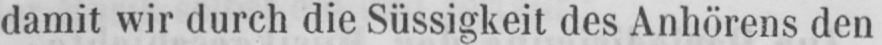
damit wir durch die Süssigkeit des Anhörens den